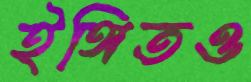
ইঙ্গিতও